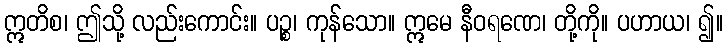
ဣတိစ၊ ဤသို့ လည်းကောင်း။ ပဉ္စ၊ ကုန်သော။ ဣမေ နီဝရဏေ၊ တို့ကို။ ပဟာယ၊ ၍။